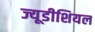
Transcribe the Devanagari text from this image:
ज्यूडीशियल